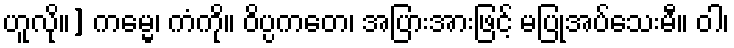
ဟူလို။] ကမ္မေ၊ ကံကို။ ဝိပ္ပကတေ၊ အပြားအားဖြင့် မပြုအပ်သေးမီ။ ဝါ၊